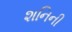
શનિની